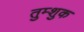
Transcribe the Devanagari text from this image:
तुम्शुक